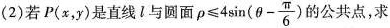
(2)若P(x，y)是直线l与圆面 $$ρ ≤ 4 \sin ( θ - \frac { π } { 6 } )$$ 的公共点，求